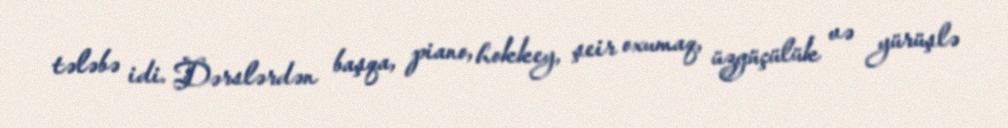
tələbə idi. Dərslərdən başqa, piano, hokkey, şeir oxumaq, üzgüçülük və yürüşlə